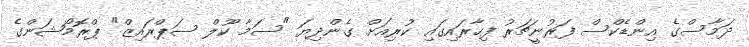
ދަމާސްގެ އިންޑެކްސް ފަރުނީޗަރު ފިހާރައިގައި ކުރިއަށް ގެންދިޔަ "ސަމާ ކޫލް ސަޕްރައިޒް" ޕްރޮމޯޝަންގެ